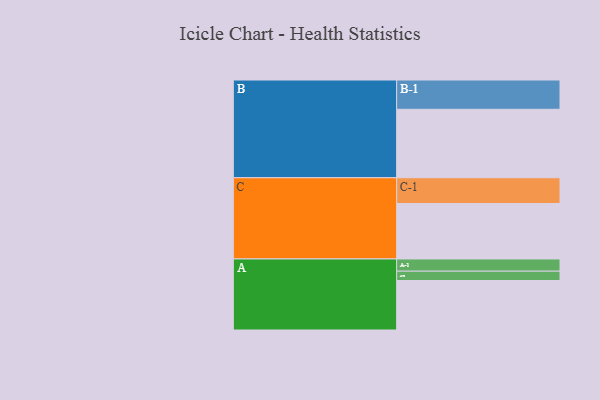
{"axis": {"x": "Segment", "y": "Value"}, "legend": ["", "A", "B", "C"], "data": [{"x": "A", "y": 365, "type": ""}, {"x": "B", "y": 505, "type": ""}, {"x": "C", "y": 409, "type": ""}, {"x": "A-1", "y": 90, "type": "A"}, {"x": "A-2", "y": 69, "type": "A"}, {"x": "B-1", "y": 216, "type": "B"}, {"x": "C-1", "y": 190, "type": "C"}]}